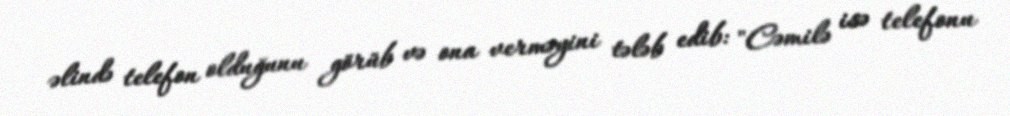
əlində telefon olduğunu görüb və ona verməyini tələb edib: "Cəmilə isə telefonu